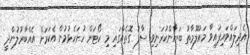
އެދިލައްވައިފައިވާ މައުލޫމާތު ބަޔާންކުރަނިވި ސާފު ގޮތެއްގައި މި ކޯޓަށް ހުށަހެޅުމުން އެކަމަށް އެއްބާރުލުންދީ